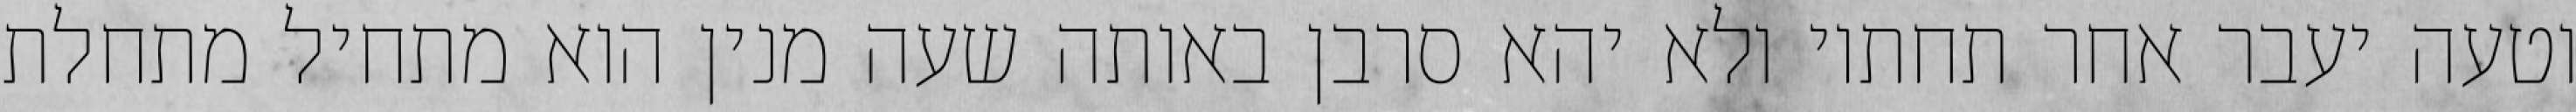
וטעה יעבר אחר תחתיו ולא יהא סרבן באותה שעה מנין הוא מתחיל מתחלת